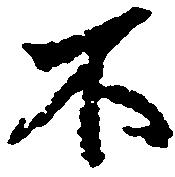
不